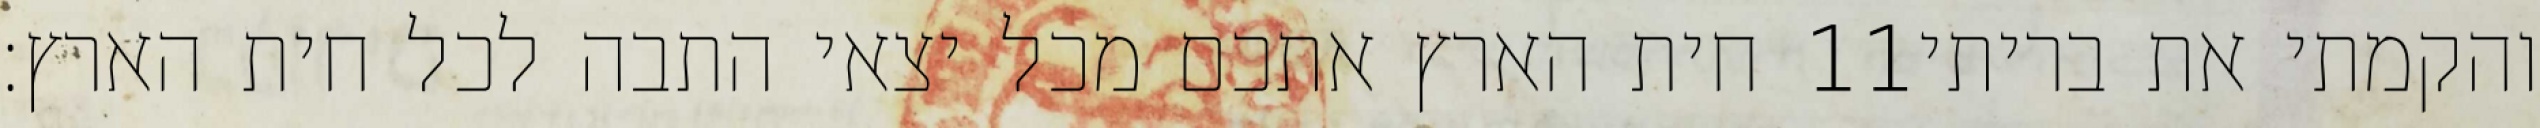
חית הארץ אתכם מכל יצאי התבה לכל חית הארץ׃ ‎11‏ והקמתי את בריתי